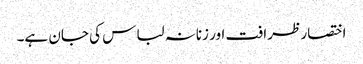
اختصار ظرافت اور زنانہ لباس کی جان ہے۔